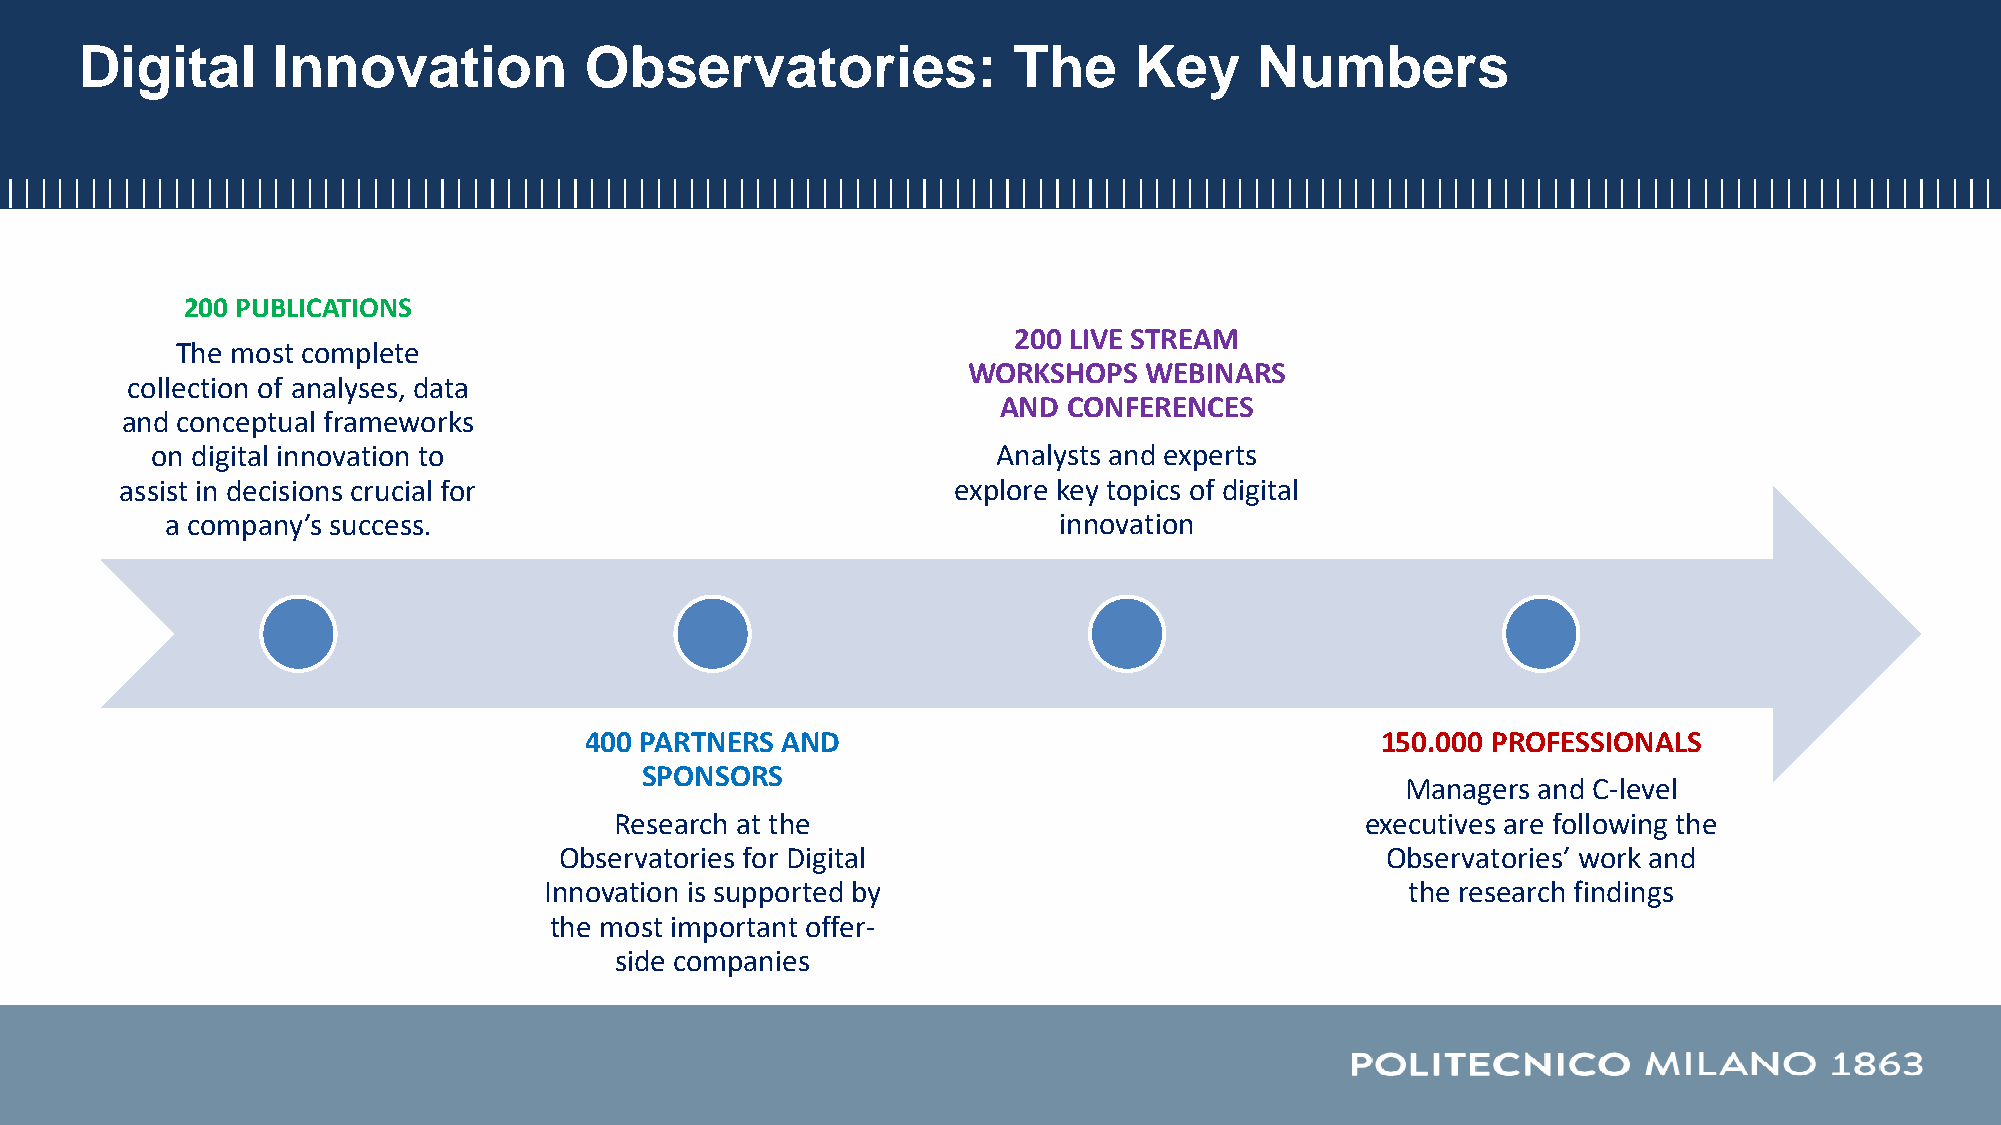
Digital      Innovation           Observatories:              The     Key     Numbers
 200 PUBLICATIONS
 200 LIVE STREAM
 The most complete
 WORKSHOPS   WEBINARS
 collection of analyses, data
 AND  CONFERENCES
 and conceptual frameworks
 on digital innovation to                                Analysts and experts
 assist in decisions crucial for                        explore key topics of digital
 a company’s success.                                       innovation
 400 PARTNERS AND                                    150.000 PROFESSIONALS
 SPONSORS
 Managers and C-level
 Research at the                                  executives are following the
 Observatories for Digital                              Observatories’ work and
 Innovation is supported by                               the research findings
 the most important offer-
 side companies